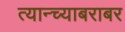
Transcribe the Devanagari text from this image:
त्यान्च्याबराबर